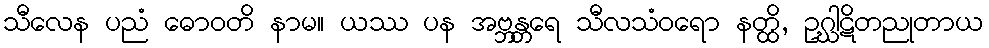
သီလေန ပညံ ဓောဝတိ နာမ။ ယဿ ပန အဗ္ဘန္တရေ သီလသံဝရော နတ္ထိ, ဥဂ္ဃါဋိတညုတာယ